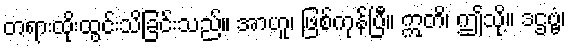
တရားထိုးထွင်းသိခြင်းသည်။ အာဟူ၊ ဖြစ်ကုန်ပြီ။ ဣတိ၊ ဤသို့။ ဒဌဗ္ဗံ၊